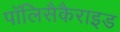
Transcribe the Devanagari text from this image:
पॉलिसैकैराइड